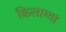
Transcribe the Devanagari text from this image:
किलाग्या